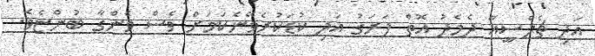
އަދި ޗެލްސީއާ ދެމެދު އޮތް ފަރަގު އަދި ކުޑަކުރެވޭނެކަމަށް ވެސް ވެންގާ ބުންޏެވެ.